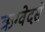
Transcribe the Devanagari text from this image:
ऋग्वेदसे